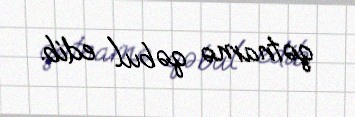
qətnamə qəbul edib.